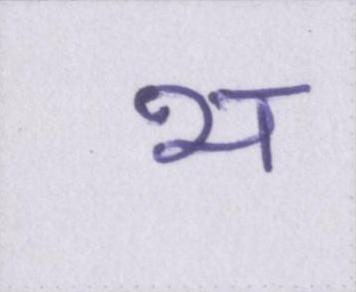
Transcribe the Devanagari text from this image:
भ